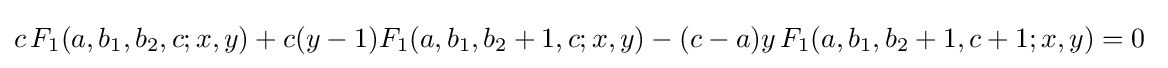
c\,F_{1}(a,b_{1},b_{2},c;x,y)+c(y-1)F_{1}(a,b_{1},b_{2}+1,c;x,y)-(c-a)y\,F_{1}(a,b_{1},b_{2}+1,c+1;x,y)=0~